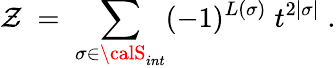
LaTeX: \mathcal{Z}\; =\; \sum_{\sigma\in{\calS}_{int}}(-1)^{L(\sigma)}\; t^{2|\sigma|}\; .